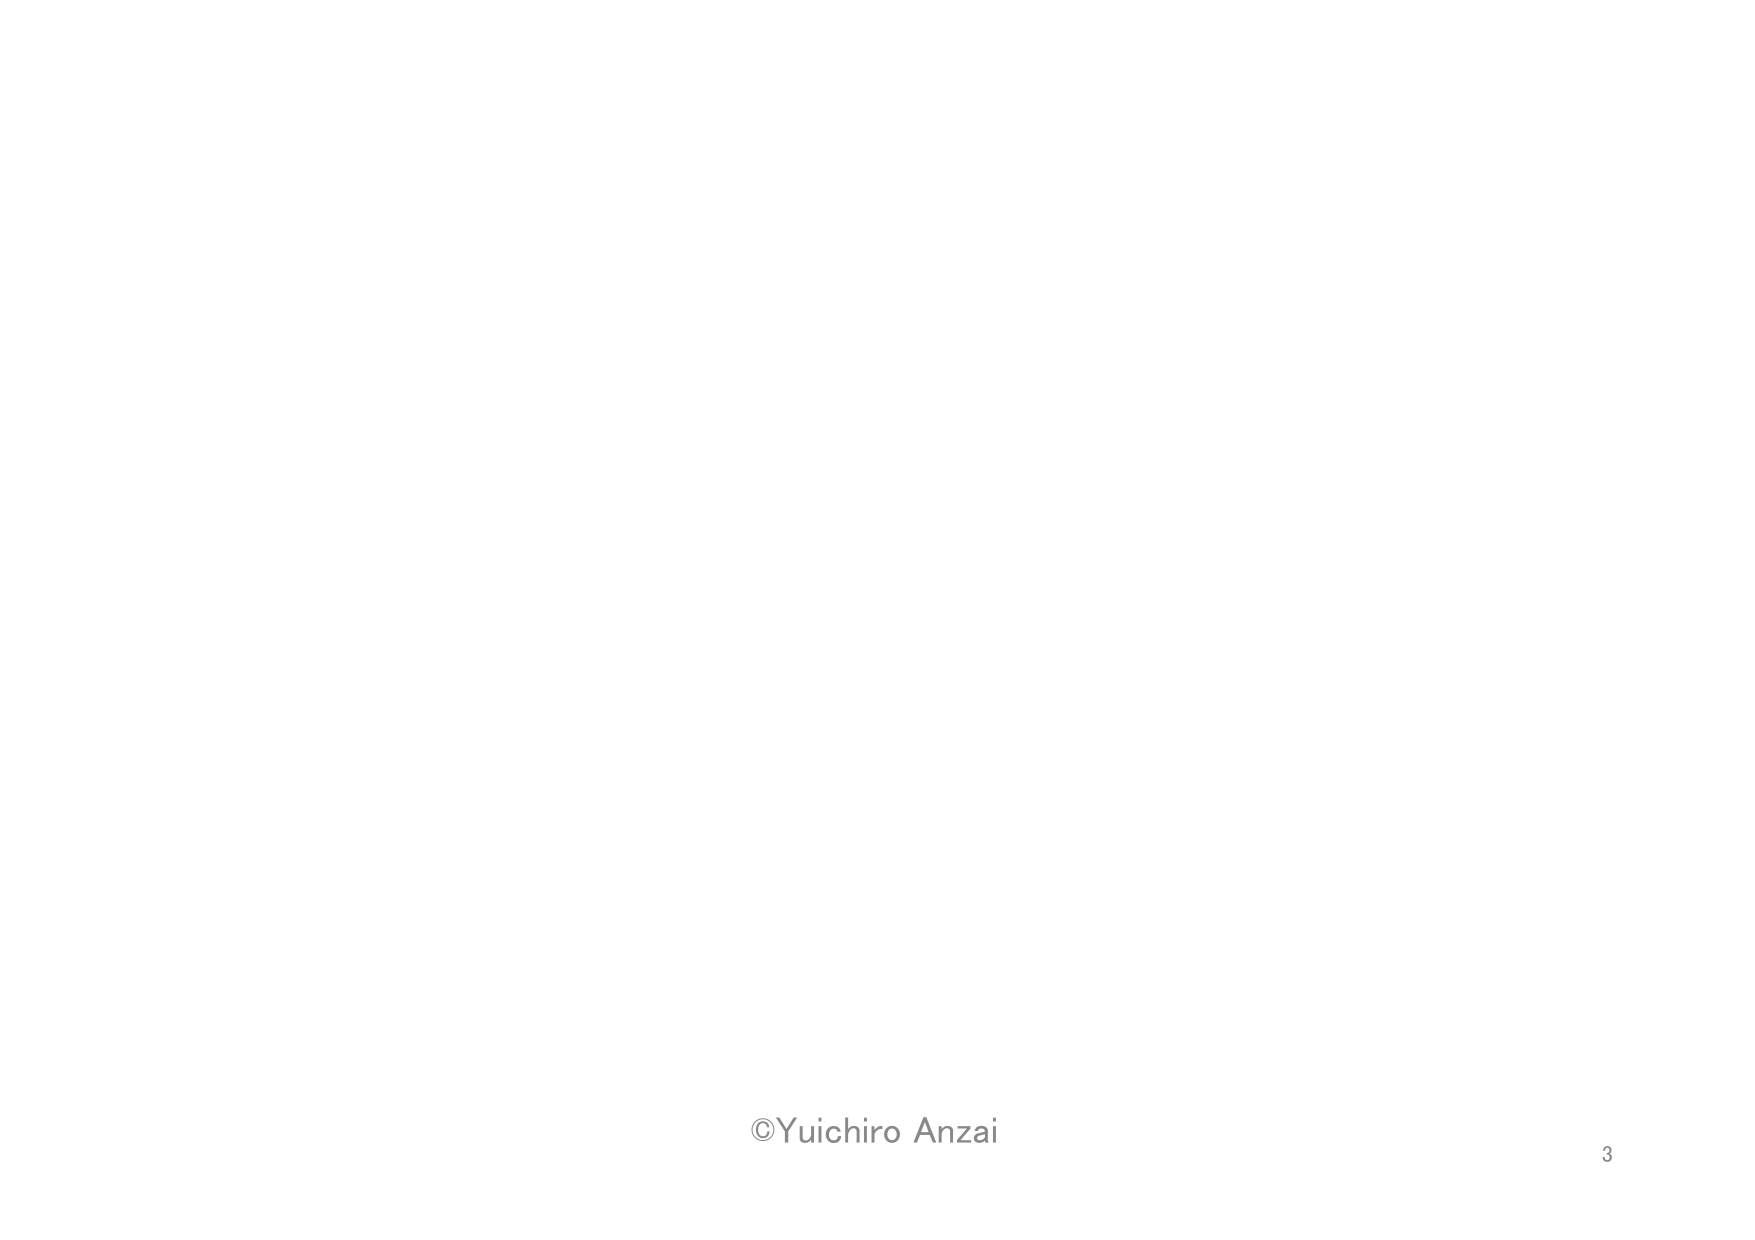
©Yuichiro Anzai
3